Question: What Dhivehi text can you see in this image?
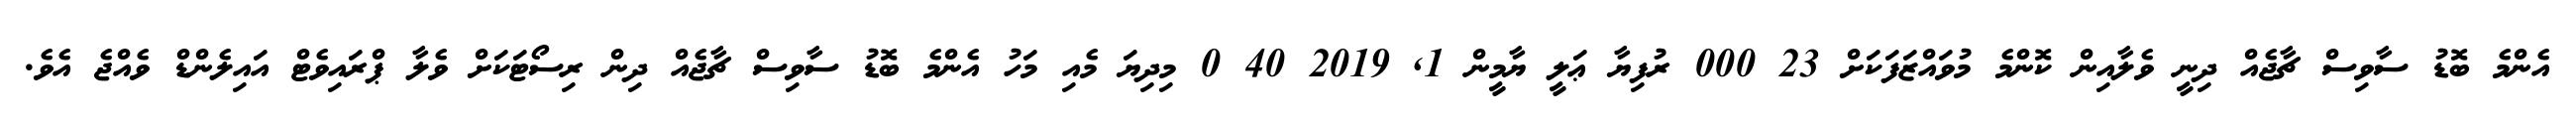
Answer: އެންމެ ބޮޑު ސާވިސް ޗާޖެއް ދިނީ ވެލާއިން ކޮންމެ މުވައްޒަފަކަށް 23 000 ރުފިޔާ ޢަލީ ޔާމީން 1, 2019 40 0 މިދިޔަ މެއި މަހު އެންމެ ބޮޑު ސާވިސް ޗާޖެއް ދިން ރިސޯޓަކަށް ވެލާ ޕްރައިވެޓް އައިލެންޑް ވެއްޖެ އެވެ.